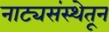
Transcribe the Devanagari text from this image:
नाट्यसंस्थेतून